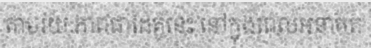
តាមរយៈភាពជាដៃគូនេះ នៅក្នុងពេលអនាគត